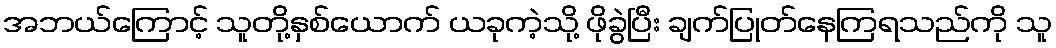
အဘယ်ကြောင့် သူတို့နှစ်ယောက် ယခုကဲ့သို့ ဖိုခွဲပြီး ချက်ပြုတ်နေကြရသည်ကို သူ